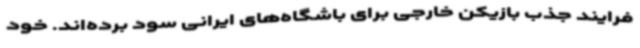
فرایند جذب بازیکن خارجی برای باشگاه‌های ایرانی سود برده‌اند. خود